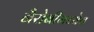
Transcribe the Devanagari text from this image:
नैरोबीमध्येच